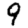
Digit: 9